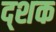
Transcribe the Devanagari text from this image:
द्शक